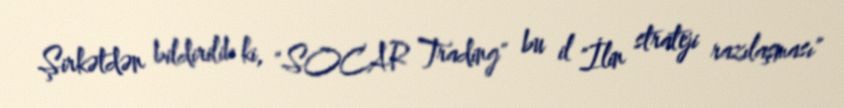
Şirkətdən bildirilib ki, "SOCAR Trading" bu il "İlin strateji razılaşması"